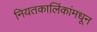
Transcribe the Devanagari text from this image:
नियतकालिंकांमधून